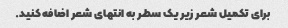
برای تکمیل شعر زیر یک سطر به انتهای شعر اضافه کنید.